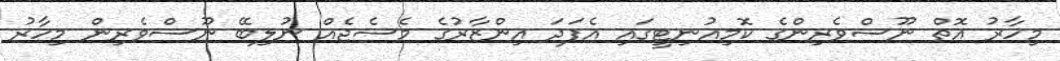
މިހާރު އޮތް ނޫސްވެރިންގެ ކޮމިއުނިޓީގައި އެފަދަ އިންޒާރުގެ މެސެޖެއް ނުލިބޭ ނޫސްވެރިން މިހާރު